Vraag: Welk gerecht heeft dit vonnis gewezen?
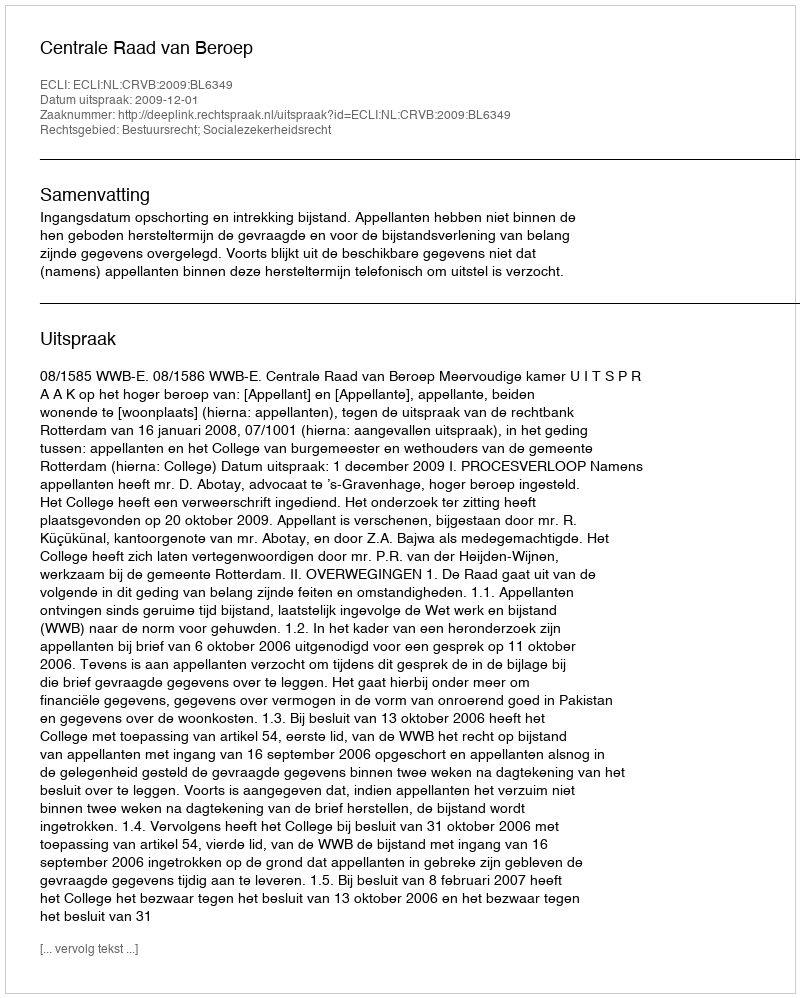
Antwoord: Centrale Raad van Beroep